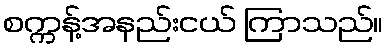
စက္ကန့်အနည်းငယ် ကြာသည်။